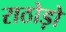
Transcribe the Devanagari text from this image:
राठोड़ो